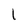
Character: l